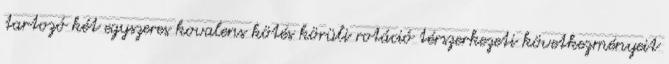
tartozó két egyszeres kovalens kötés körüli rotáció térszerkezeti következményeit